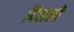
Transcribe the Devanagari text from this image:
दिलली